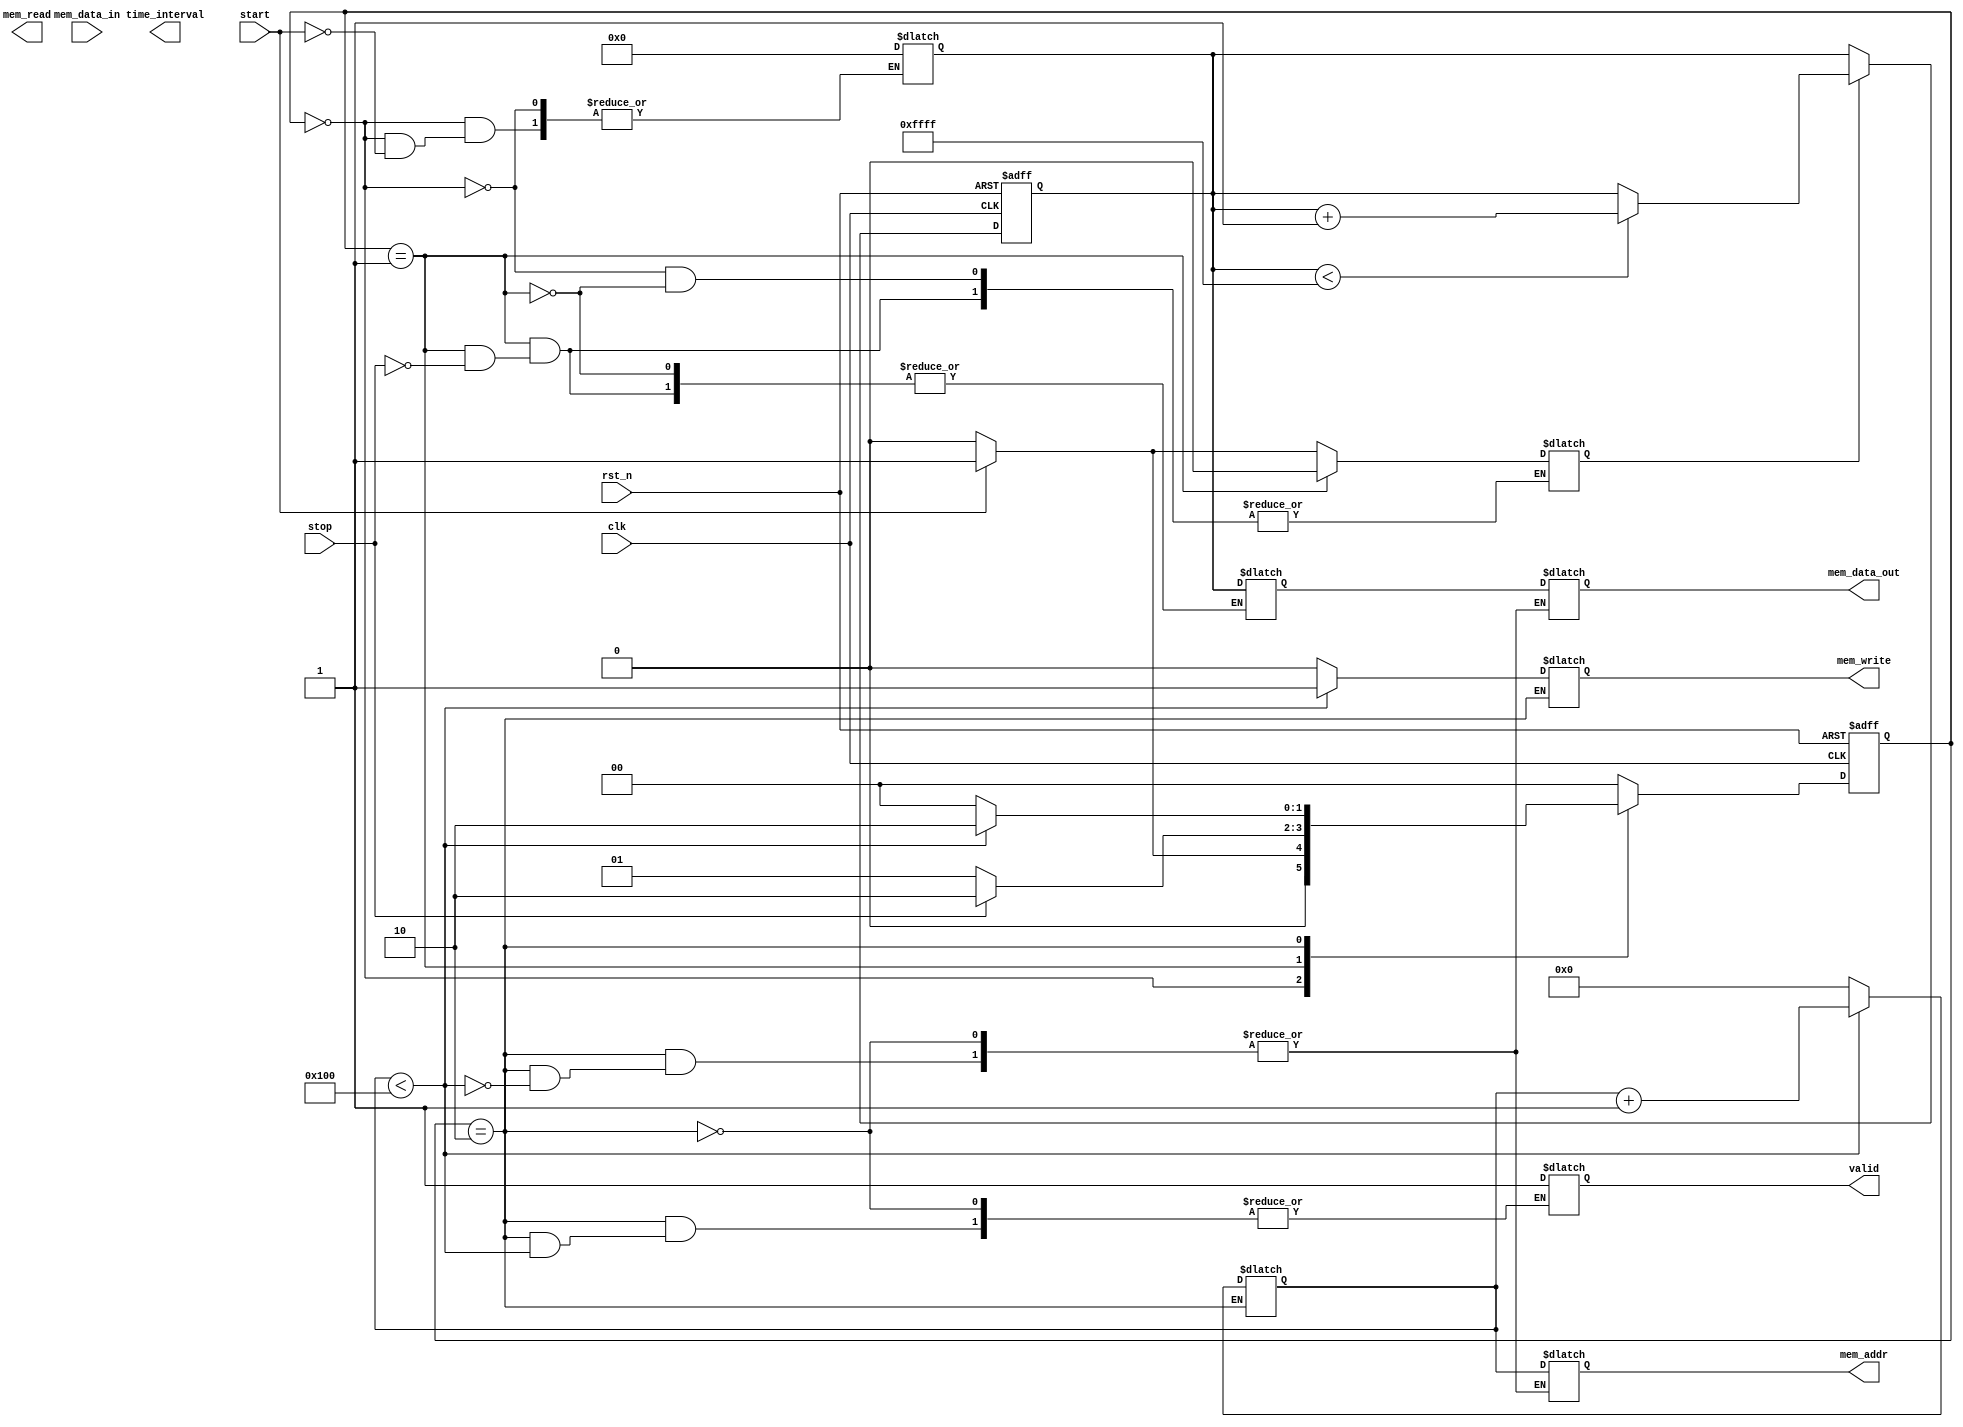
module TDC (
    input wire clk,               // System clock
    input wire rst_n,             // Active low reset
    input wire start,             // Start signal
    input wire stop,              // Stop signal
    output reg [15:0] time_interval, // Captured time interval
    output reg valid,             // Indicates valid output
    output reg [7:0] mem_addr,    // Memory address for read/write
    output reg [15:0] mem_data_out, // Data to write to memory
    input wire [15:0] mem_data_in, // Data read from memory
    output reg mem_write,         // Memory write enable
    output reg mem_read           // Memory read enable
);

// Parameters
parameter MEM_DEPTH = 256; // Number of memory blocks
parameter MAX_COUNT = 65535; // Max count value for time interval

// Internal signals
reg [15:0] counter;          // Counter for time intervals
reg [7:0] mem_index;        // Memory index for storing intervals
reg measuring;              // State flag for measuring
reg [15:0] captured_time;   // Captured time for processing

// State machine for TDC operation
localparam IDLE = 2'b00,
           MEASURE = 2'b01,
           PROCESS = 2'b10;

reg [1:0] state, next_state;

// Counter logic
always @(posedge clk or negedge rst_n) begin
    if (!rst_n) begin
        counter <= 16'b0;
    end else if (measuring) begin
        if (counter < MAX_COUNT)
            counter <= counter + 1;
    end
end

// State machine for TDC operation
always @(posedge clk or negedge rst_n) begin
    if (!rst_n) begin
        state <= IDLE;
    end else begin
        state <= next_state;
    end
end

always @(*) begin
    case (state)
        IDLE: begin
            if (start) begin
                next_state = MEASURE;
                measuring = 1'b1;
                counter = 16'b0; // Reset counter
            end else begin
                next_state = IDLE;
                measuring = 1'b0;
            end
        end
        MEASURE: begin
            if (stop) begin
                measuring = 1'b0;
                captured_time = counter; // Capture the time interval
                next_state = PROCESS;
            end else begin
                next_state = MEASURE;
            end
        end
        PROCESS: begin
            if (mem_index < MEM_DEPTH) begin
                mem_write = 1'b1;
                mem_data_out = captured_time; // Write captured time to memory
                mem_addr = mem_index; // Set memory address
                mem_index = mem_index + 1; // Increment memory index
                next_state = PROCESS;
            end else begin
                mem_write = 1'b0;
                valid = 1'b1; // Indicate valid output
                next_state = IDLE;
                mem_index = 8'b0; // Reset memory index
            end
        end
        default: next_state = IDLE;
    endcase
end

endmodule